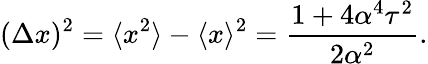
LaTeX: (\Delta x)^{2}=\langle x^{2}\rangle-\langle x\rangle^{2}=\frac{1+4\alpha^{4}\tau^{2}}{2\alpha^{2}}.